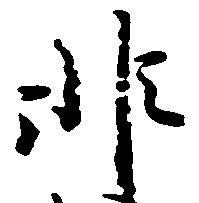
非